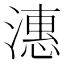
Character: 潓